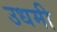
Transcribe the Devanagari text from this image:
उधमी